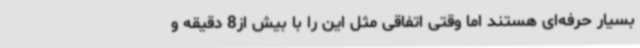
بسیار حرفه‌ای هستند اما وقتی اتفاقی مثل این را با بیش از8 دقیقه و